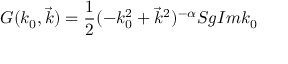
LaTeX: G ( k _ { 0 } , \vec { k } ) = \frac { 1 } { 2 } ( - k _ { 0 } ^ { 2 } + \vec { k } ^ { 2 } ) ^ { - \alpha } S g I m k _ { 0 }